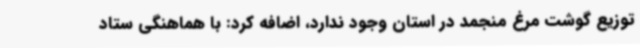
توزیع گوشت مرغ منجمد در استان وجود ندارد، اضافه کرد: با هماهنگی ستاد